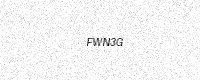
Text: FWN3G